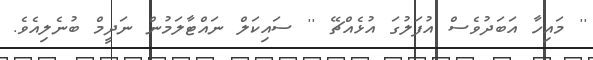
'' މައިހާ އަބަދުވެސް އުފަލުގަ އުޅެއްޗޭ '' ސައިކަލް ނައްޓާލަމުން ނަދީމް ބުނެލިއެވެ.